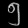
Digit: ၅